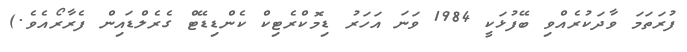
ފުރަތަމަ ވާދަކުރެއްވި ބޭފުޅަކީ 1984 ވަނަ އަހަރު ޑިމޮކްރެޓިކް ކެންޑިޑޭޓް ގެރެލްޑައިން ފެރާރޯއެވެ.)